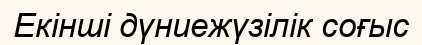
Екінші дүниежүзілік соғыс